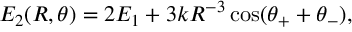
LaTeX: E _ { 2 } ( R , \theta ) = 2 E _ { 1 } + 3 k R ^ { - 3 } \cos ( \theta _ { + } + \theta _ { - } ) ,